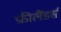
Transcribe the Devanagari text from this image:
फ्रीलैंडर्स